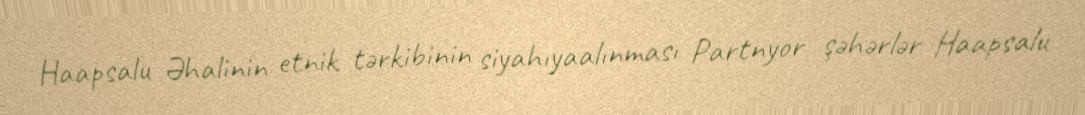
Haapsalu Əhalinin etnik tərkibinin siyahıyaalınması Partnyor şəhərlər Haapsalu